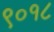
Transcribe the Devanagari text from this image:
९०१८